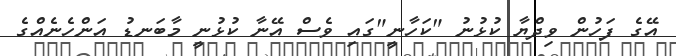
އޭގެ ފަހުން ވިދްޔާ ކުޅުނު "ކަހާނީ"ގައި ވެސް އޭނާ ކުޅުނީ މާބަނޑު އަންހެނެއްގެ